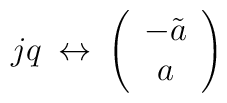
jq \: \leftrightarrow \: \left( \begin{array}{c} -\tilde{a} \\a \end{array} \right)